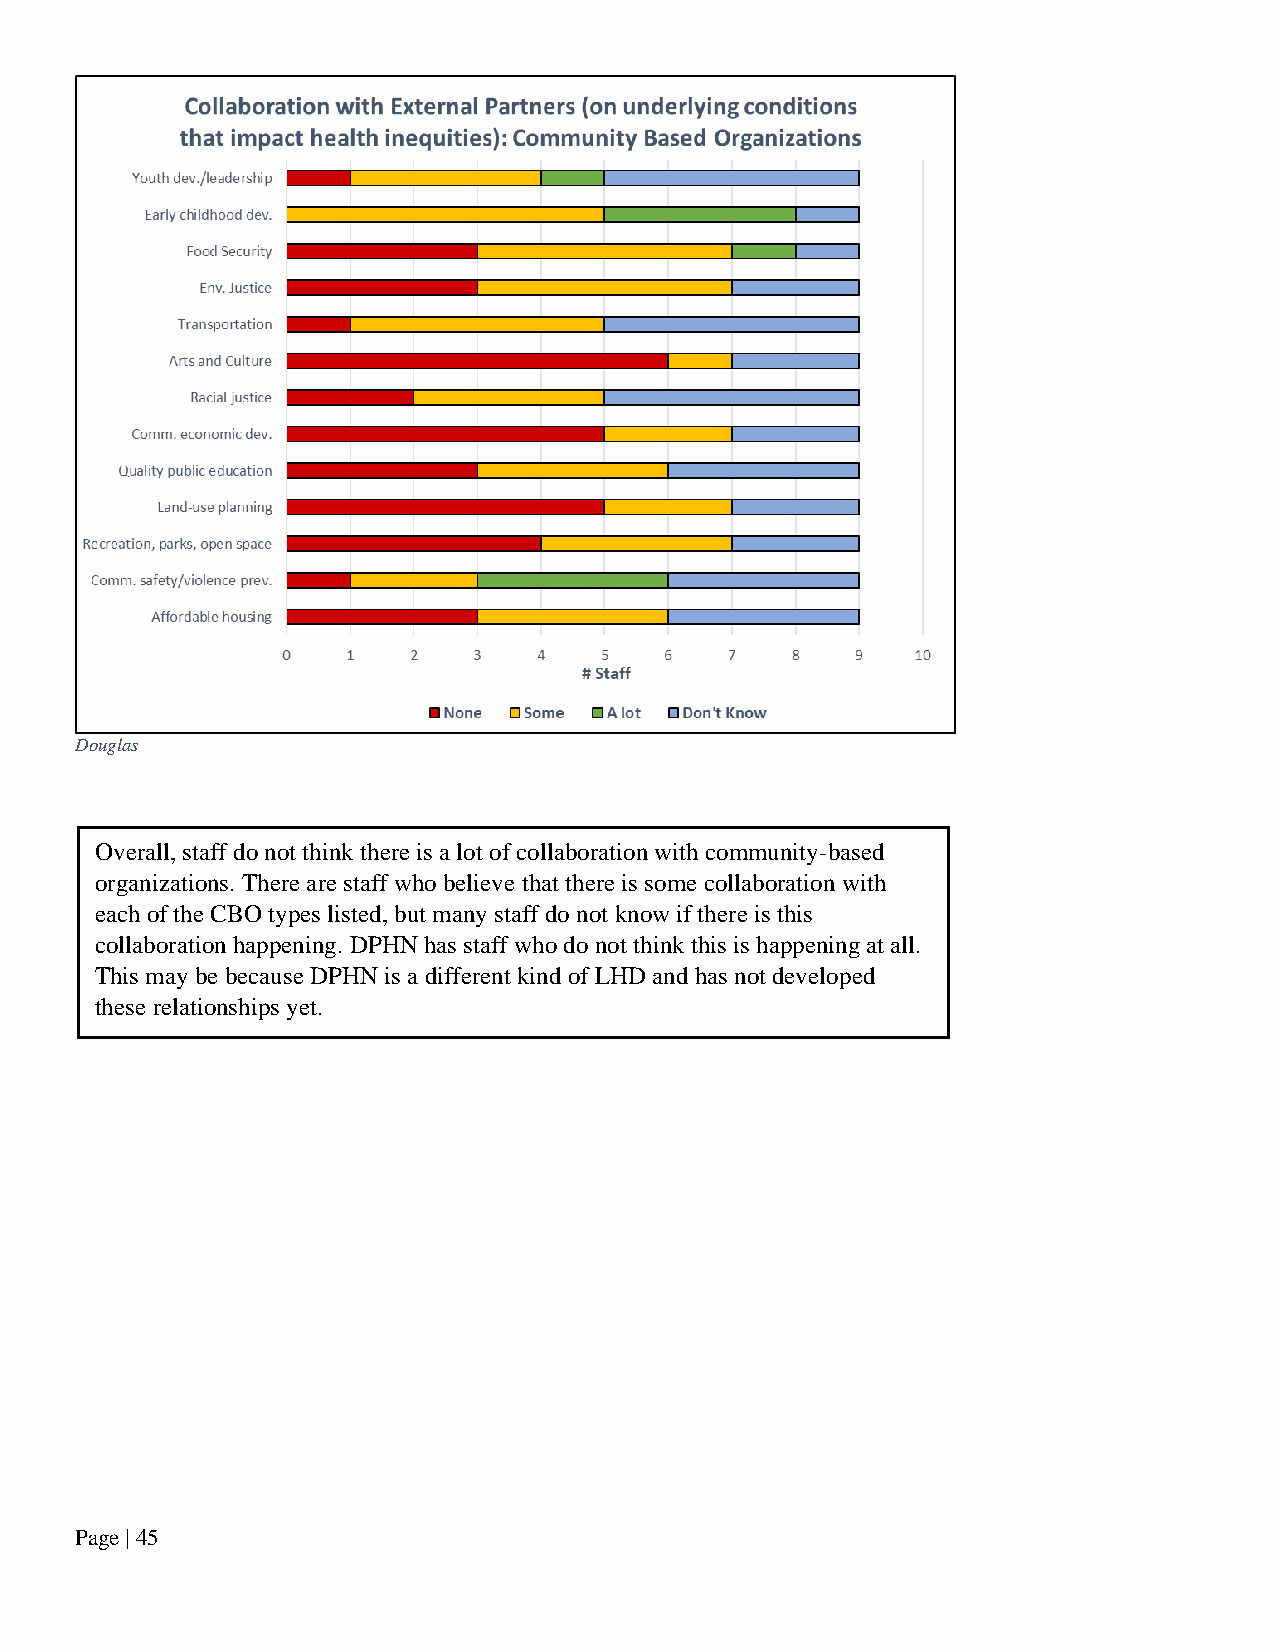
Douglas
 Overall, staff do not think there is a lot of collaboration with community-based
 organizations. There are staff who believe that there is some collaboration with
 each of the CBO types listed, but many staff do not know if there is this
 collaboration happening. DPHN has staff who do not think this is happening at all.
 This may be because DPHN is a different kind of LHD and has not developed
 these relationships yet.
 Page | 45